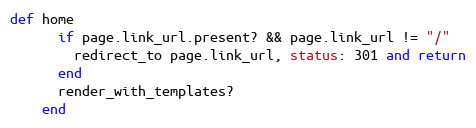
Language: Ruby
def home
      if page.link_url.present? && page.link_url != "/"
        redirect_to page.link_url, status: 301 and return
      end
      render_with_templates?
    end